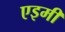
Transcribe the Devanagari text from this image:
एइमी